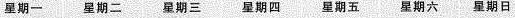
星期一 星期二 星期三 星期四 星期五 星期六 星期日